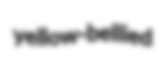
yellow-bellied